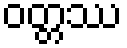
ဝတ္တဿ